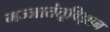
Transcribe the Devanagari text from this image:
मज्जातंतूविज्ञान